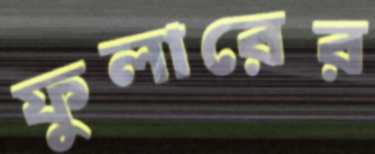
ফুলারের